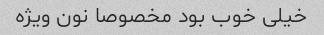
خیلی خوب بود مخصوصا نون ویژه